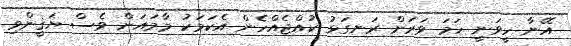
އޭނާ ހީވަނީ ހަމަ ވަރަށް ރަނގަޅު ކުއްޖެއްހެން އެކަމަކު މާމައަށް ވެސް ޔަޤީންވި